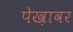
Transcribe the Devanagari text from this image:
पेख़ावर